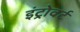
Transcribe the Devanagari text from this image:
इंट्रोवर्ट